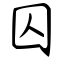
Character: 囚